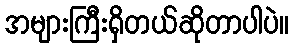
အများကြီးရှိတယ်ဆိုတာပါပဲ။